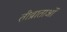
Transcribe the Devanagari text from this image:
तीव्राताओं